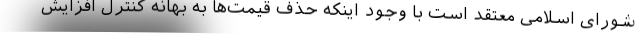
شورای اسلامی معتقد است با وجود اینکه حذف قیمت‌ها به بهانه کنترل افزایش